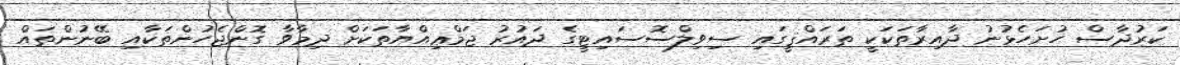
ކަރުދާސް ހުށަހެޅުނު ދާއިރާތަކަކީ ތަރައްޤީގައި ސިވިލްސޮސައިޓީގެ ދައުރު ޖަމްޢިއްޔާތަކަށް ދިމާވާ ގޮންޖެހުންތަކާއި ބޭނުންތައް